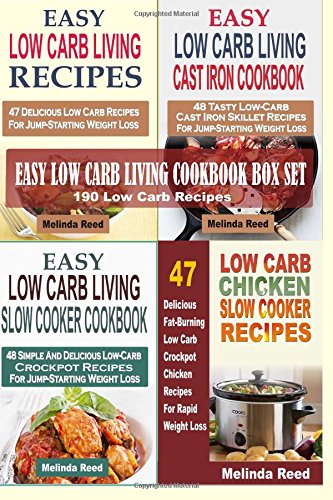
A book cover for Easy Low Carb Living Cookbook Box Set: 190 Low Carb Recipes: Low Carb Living Recipes, Cast Iron Skillet Recipes, Slow Cooker Recipes And Crockpot Chicken Recipes; Melinda Reed; Cookbooks, Food & Wine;